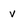
Character: v